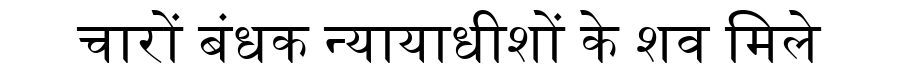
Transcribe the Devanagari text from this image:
चारों बंधक न्यायाधीशों के शव मिले